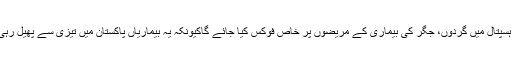
خان ہسپتال میں گردوں، جگر کی بیماری کے مریضوں پر خاص فوکس کیا جائے گاکیونکہ یہ بیماریاں پاکستان میں تیزی سے پھیل رہی ہیں۔